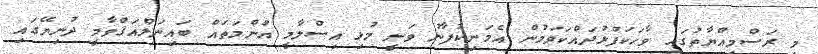
މި ރަސްމިއްޔާތުގައި ވާހަކަފުޅުދައްކަވަމުން އެމަނިކުފާނު ވަނީ މުޅި އިސްލާމީ އުންމަތައް ބައިނަލްއަޤްވާމީ ދުނިޔޭގައި